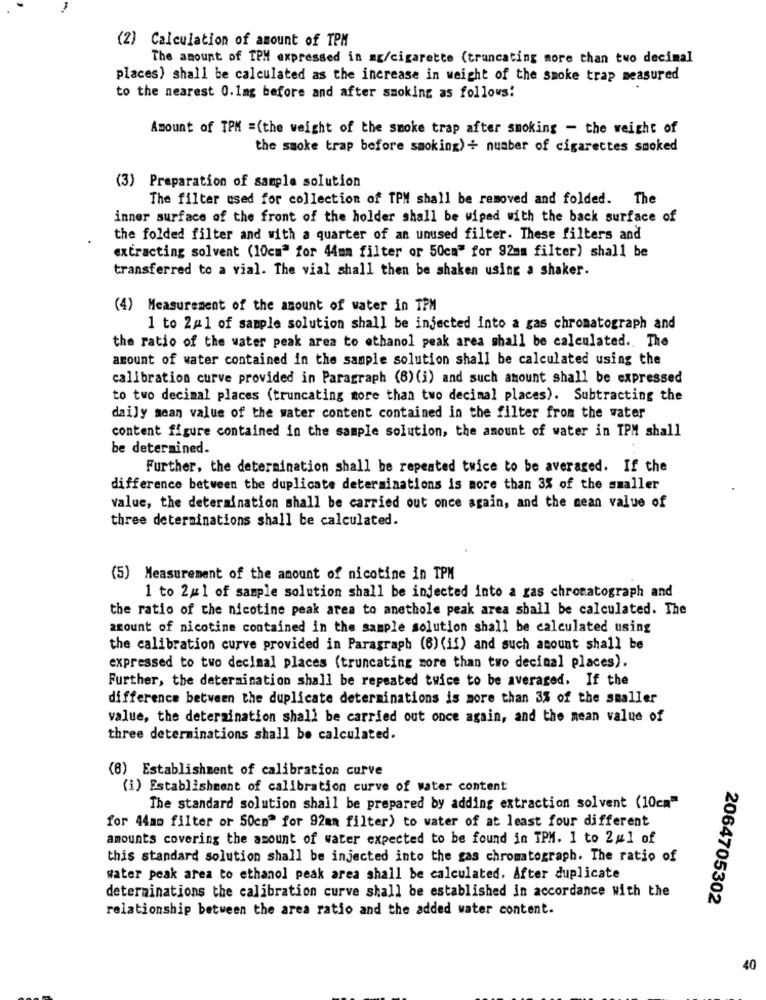
(2) Calculation of amount of TPM
The amount of TPM expressed in mg/cigarette (truncating more than two decimal
places) shall be calculated as the increase in weight of the smoke trap measured
to the nearest 0.1mg before and after smoking as follows!
Amount of TPM =(the weight of the smoke trap after smoking - the weight of
the smoke trap before smoking) + number of cigarettes smoked
(3) Preparation of sample solution
The filter used for collection of TPM shall be removed and folded. The
inner surface of the front of the holder shall be wiped with the back surface of
the folded filter and with a quarter of an unused filter. These filters and
extracting solvent (10cm" for 44mm filter or 50cm" for 92mm filter) shall be
transferred to a vial. The vial shall then be shaken using a shaker.
(4) Measurement of the amount of water in TPM
1 to 2#1 of sample solution shall be injected into a gas chromatograph and
the ratio of the water peak area to ethanol peak area shall be calculated .. The
amount of water contained in the sample solution shall be calculated using the
calibration curve provided in Paragraph (8) (i) and such amount shall be expressed
to two decimal places (truncating more than two decimal places). Subtracting the
daily sean value of the water content contained in the filter from the water
content figure contained in the sample solution, the amount of water in TPM shall
be determined.
Further, the determination shall be repeated twice to be averaged. If the
difference between the duplicate determinations is more than 3% of the smaller
value, the determination shall be carried out once again, and the mean value of
three determinations shall be calculated.
(5) Measurement of the amount of nicotine in TPM
1 to 2#1 of sample solution shall be injected into a ras chromatograph and
the ratio of the nicotine peak area to anethole peak area shall be calculated. The
amount of nicotine contained in the sample solution shall be calculated using
the calibration curve provided in Paragraph (6) (il) and such acount shall be
expressed to two decimal places (truncating more than two decimal places).
Further, the determination shall be repeated twice to be averaged. If the
difference between the duplicate determinations is more than 3% of the smaller
value, the determination shall be carried out once again, and the mean value of
three determinations shall be calculated.
(8) Establishment of calibration curve
(i) Establishment of calibration curve of water content
The standard solution shall be prepared by adding extraction solvent (10cm"
for 44mm filter or 50cm" for 92mm filter) to water of at least four different
amounts covering the amount of water expected to be found in TPM. 1 to 2#1 of
this standard solution shall be injected into the gas chromatograph. The ratio of
water peak area to ethanol peak area shall be calculated. After duplicate
determinations the calibration curve shall be established in accordance with the
2064705302
relationship between the area ratio and the added water content.
40